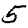
Digit: 5